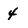
Character: 4